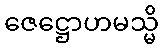
ဇေဋ္ဌောဟမသ္မိ